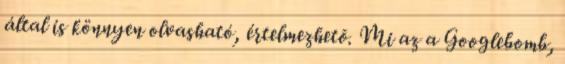
által is könnyen olvasható, értelmezhetõ. Mi az a Googlebomb,